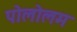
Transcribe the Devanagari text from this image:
पोलोलम